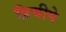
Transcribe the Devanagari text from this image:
प्रिचीपे